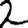
Digit: 2